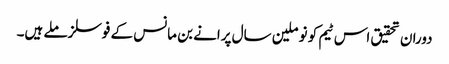
دوران تحقیق اس ٹیم کو نو ملین سال پرانے بن مانس کے فوسلز ملے ہیں۔